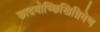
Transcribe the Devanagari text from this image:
छादयोच्छिखिग्रिवेण